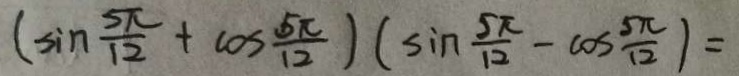
( \sin \frac { 5 \pi } { 1 2 } + \cos \frac { 5 \pi } { 1 2 } ) ( \sin \frac { 5 \pi } { 1 2 } - \cos \frac { 5 \pi } { 1 2 } ) =